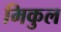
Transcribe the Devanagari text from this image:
मिकुल